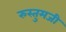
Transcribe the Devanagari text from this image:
रुस्तुमजी